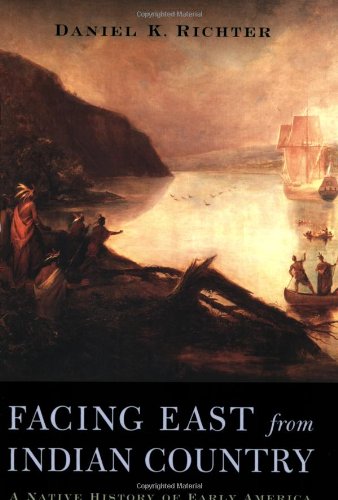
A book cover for Facing East from Indian Country: A Native History of Early America; Daniel K. Richter; History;